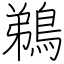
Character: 鵜